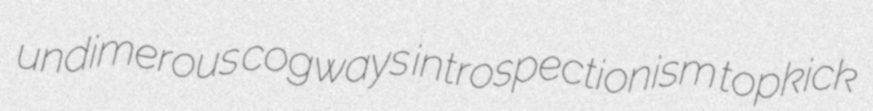
undimerous cogways introspectionism topkick